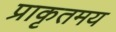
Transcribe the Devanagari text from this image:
प्राकृतमय